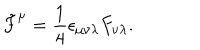
LaTeX: \tilde { F } ^ { \mu } = { \frac { 1 } { 4 } } \epsilon _ { \mu \nu \lambda } F _ { \nu \lambda } .